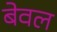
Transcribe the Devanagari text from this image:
बेवल